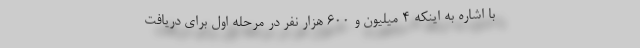
با اشاره به اینکه 4 میلیون و 600 هزار نفر در مرحله اول برای دریافت